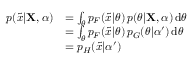
{ \begin{array} { r l } { p ( { \tilde { x } } | \mathbf { X } , \alpha ) } & { = \int _ { \theta } p _ { F } ( { \tilde { x } } | \theta ) \, p ( \theta | \mathbf { X } , \alpha ) \operatorname { d } \! \theta } \\ & { = \int _ { \theta } p _ { F } ( { \tilde { x } } | \theta ) \, p _ { G } ( \theta | \alpha ^ { \prime } ) \operatorname { d } \! \theta } \\ & { = p _ { H } ( { \tilde { x } } | \alpha ^ { \prime } ) } \end{array} }